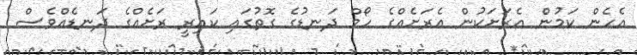
އެހެން ކަމުން އެރަށަކުން އެރަށެއްގެ ހޯމް ދަނޑުގެ ގޮތުގައި ކައިރީ ރަށެއްގެ ދަނޑެއްވެސް